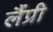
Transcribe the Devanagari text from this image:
लैंप्री